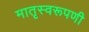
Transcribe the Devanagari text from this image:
मातृस्वरूपणी